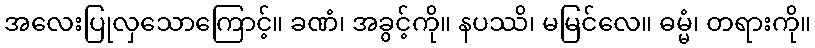
အလေးပြုလှသောကြောင့်။ ခဏံ၊ အခွင့်ကို။ နပဿိ၊ မမြင်လေ။ ဓမ္မံ၊ တရားကို။